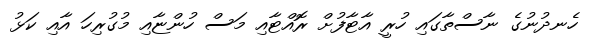
ހެނދުނުގެ ނާސްތާގައި ހުރީ އާޓާފުށް ރޮއްޓާއި މަސް ހުންޏާއި މުގުރިހަ އާއި ކަޅު